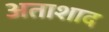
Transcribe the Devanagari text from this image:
अताशाद